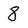
Character: 8